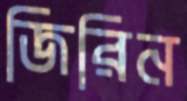
জিরিন